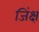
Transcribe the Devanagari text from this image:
जिंक्ष